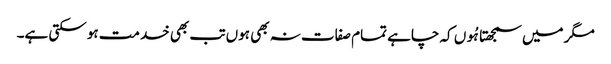
مگر میں سمجھتا ہُوں کہ چاہے تمام صفات نہ بھی ہوں تب بھی خدمت ہو سکتی ہے۔